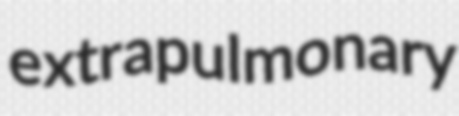
extrapulmonary